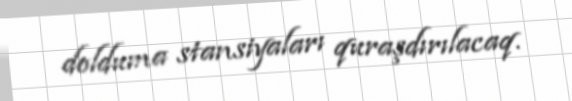
dolduma stansiyaları quraşdırılacaq.